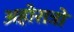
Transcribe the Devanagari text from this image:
अहोरात्रो